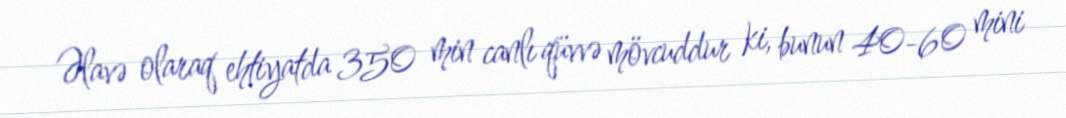
Əlavə olaraq ehtiyatda 350 min canlı qüvvə mövcuddur ki, bunun 40-60 mini